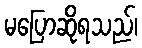
မပြောဆိုရသည်၊